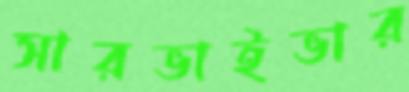
সারভাইভার